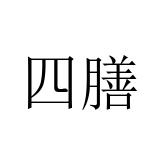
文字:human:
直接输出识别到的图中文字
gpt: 四膳